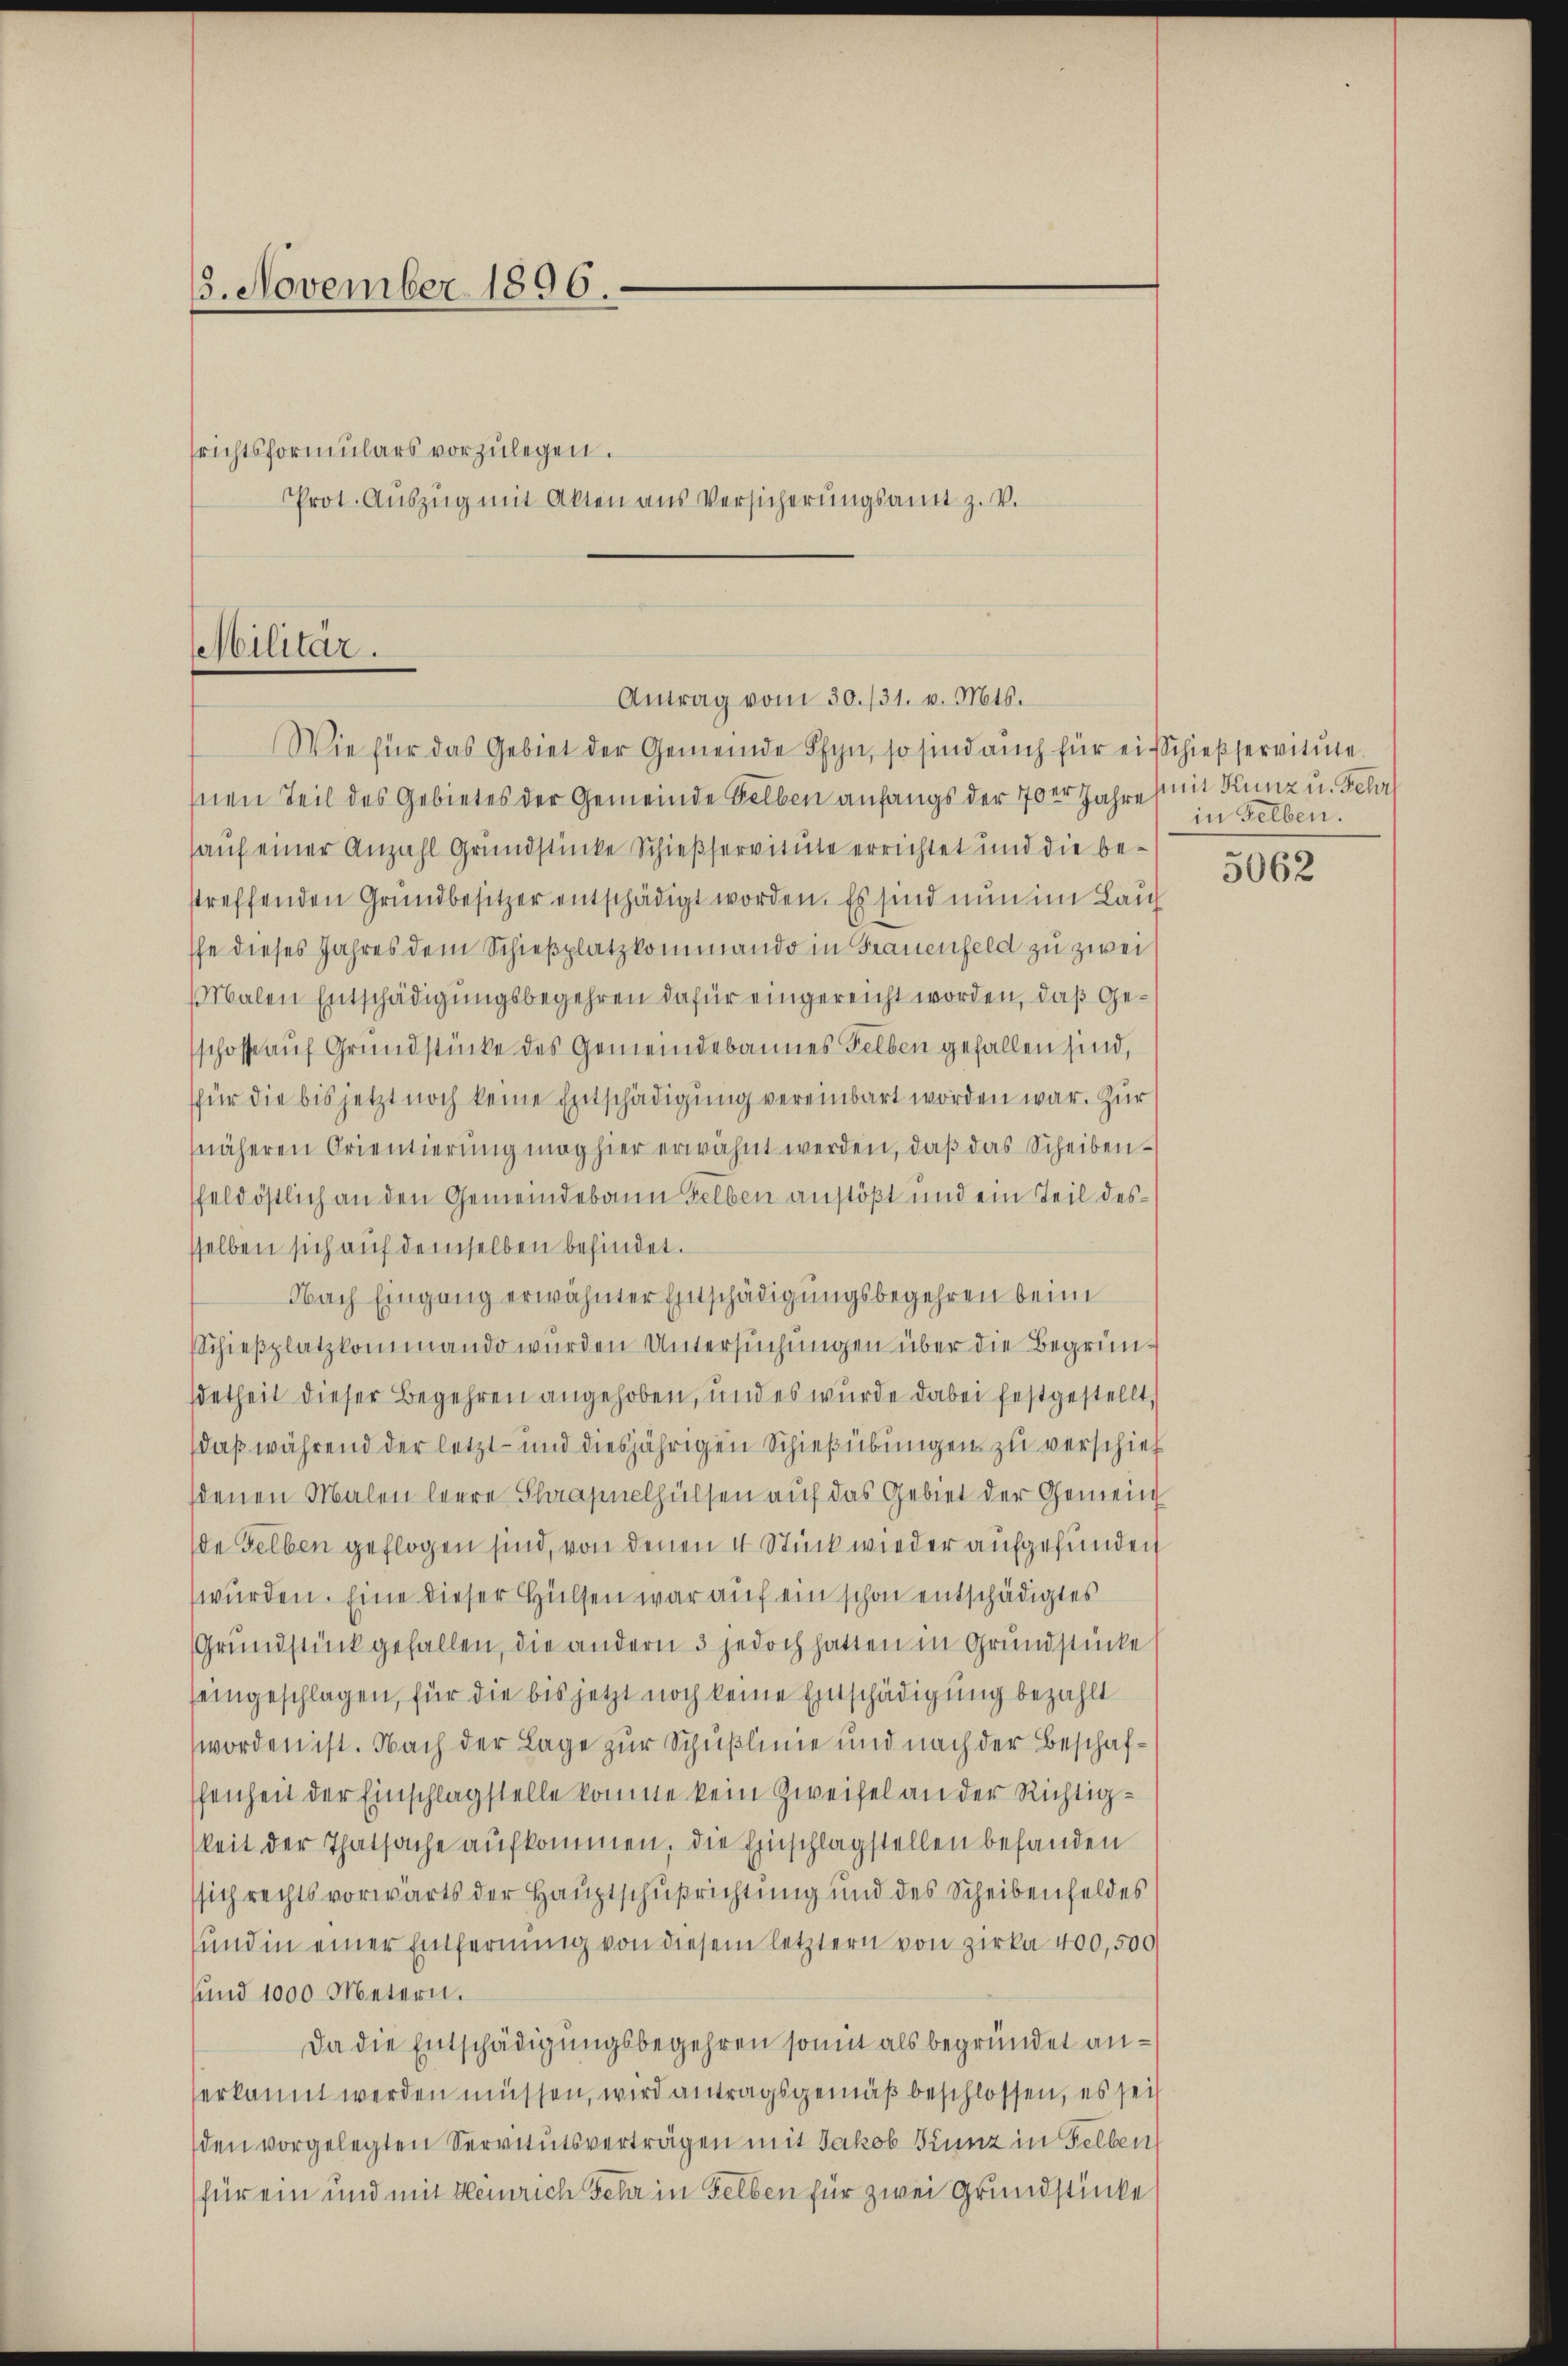
15. November 1896.

srichtsformulars vorzulegen.
Prot. Aŭszŭg mit Akten aus Versicherŭngsamt z. v.

Militär.

hnen Teil des Gebietes der Gemeinde Gelben anfangs der 70er Jahre
hauf einer Anzahl Grundstücke Schießservitute errichtet und die be-
streffenden Grundbesitzer entschädigt worden. Es sind nun im Lauf
ffe dieses Jahres dem Schießplatzkommando in Frauenfeld zu zwei
Malen Entschädigungsbegehren dafür eingereicht worden, daß Geschosse auf Grundstücke des Gemeindebannes Felben gefallen sind,
(für die bis jetzt noch keine Entschädigung vereinbart worden war. Zur
näheren Orientierŭng mag hier erwähnt werden, daβ das Scheiben-
feldöstlich an den Gemeindebann selben anstößt und ein Teil dessselben sich auf demselben befindet.
Nach Eingang erwähnter Entschädigungsbegehren beim
Schieβplatzkommando wurden Untersuchungen über die Begrün-
detheil dieser Begehren angehoben, und es wurde dabei festgestellt,
daß während der letzt- und diesjährigen Schießübungen zu verschieh
denen Malen leere Flaasuelhülsen auf das Gebiet der Gemein
de selben geflogen sind, von denen 4 Stück wieder aufgefunden
wurden. Eine dieser Hülfen war auf ein schon entschädigtes
Grundstück gefallen, die andern 3 jedoch hatten in Grundstücke
eingeschlagen, für die bis jetzt noch keine Einschädigung bezahlt
worden ist. Nach der Lage zur Schußlinie und nach der Beschafffenheit der Einschlagstelle komme kein Zweifel an der Richtigkeit der Thatsache aufkommen, die Einschlagstellen befanden
sich rechts vorwärts der Hauptschußrichtung und des Scheibenfeldes
und in einer Entfernung von diesem letztern von Zirka 400,500
sund 1000 Metern.
Da die Entschädigungsbegehren somit als begründet anerkannt werden müssen, wird antragsgemäß beschlossen, es sei
den vorgelegten Servitutsverträgen mit Jakob Kunz in selben
für ein und mit Heinrich sehr in selben für zwei Grundstücke

Antrag vom 30./31. v. Mts.
Wie für das Gebiet der Gemeinde Pfyn, so sind auch für ein Schießservitute.

mit Kunz u. Fehr
in selben.

5062